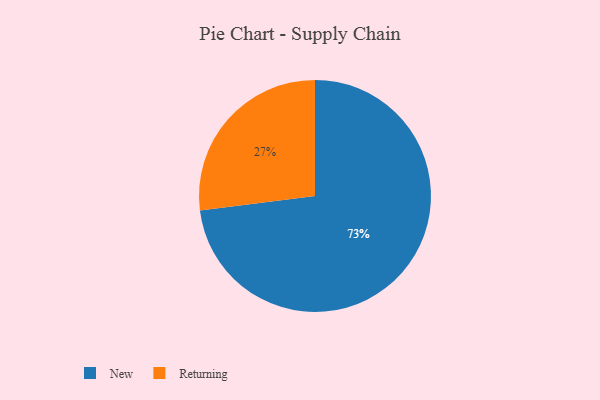
{"axis": {"x": "Category", "y": "Percentage"}, "legend": ["New", "Returning"], "data": [{"x": "New", "y": 73, "type": "New"}, {"x": "Returning", "y": 27, "type": "Returning"}]}